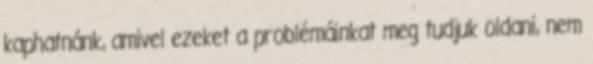
kaphatnánk, amivel ezeket a problémáinkat meg tudjuk oldani, nem